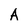
Character: A